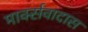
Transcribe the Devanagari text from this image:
मार्क्सवादास